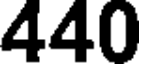
440